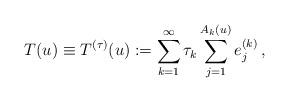
LaTeX: \begin{align*}T(u) \equiv T^{(\tau)}(u) := \sum_{k=1}^\infty \tau_k \sum_{j=1}^{A_k(u)} e_j^{(k)} \,,\end{align*}